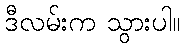
ဒီလမ်းက သွားပါ။